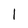
Character: 1